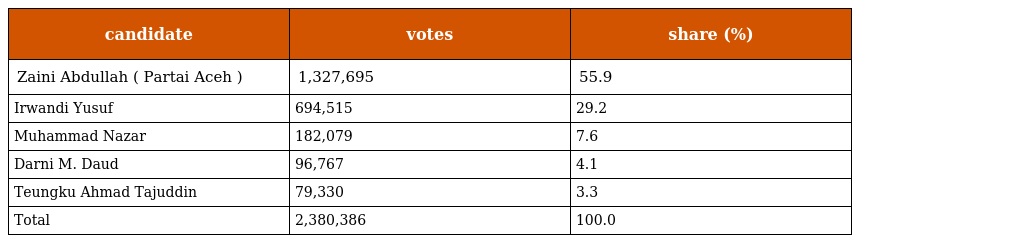
| candidate | votes | share (%) |
 | --- | --- | --- |
 | Zaini Abdullah ( Partai Aceh ) | 1,327,695 | 55.9 |
 | Irwandi Yusuf | 694,515 | 29.2 |
 | Muhammad Nazar | 182,079 | 7.6 |
 | Darni M. Daud | 96,767 | 4.1 |
 | Teungku Ahmad Tajuddin | 79,330 | 3.3 |
 | Total | 2,380,386 | 100.0 |